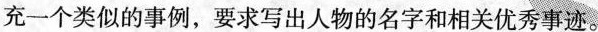
充一个类似的事例，要求写出人物的名字和相关优秀事迹。